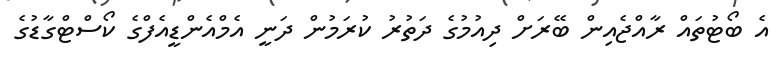
އެ ބޯޓުތައް ރާއްޖެއިން ބޭރަށް ދިއުމުގެ ދަތުރު ކުރަމުން ދަނީ އެމްއެންޑީއެފްގެ ކޯސްޓްގާޑުގެ